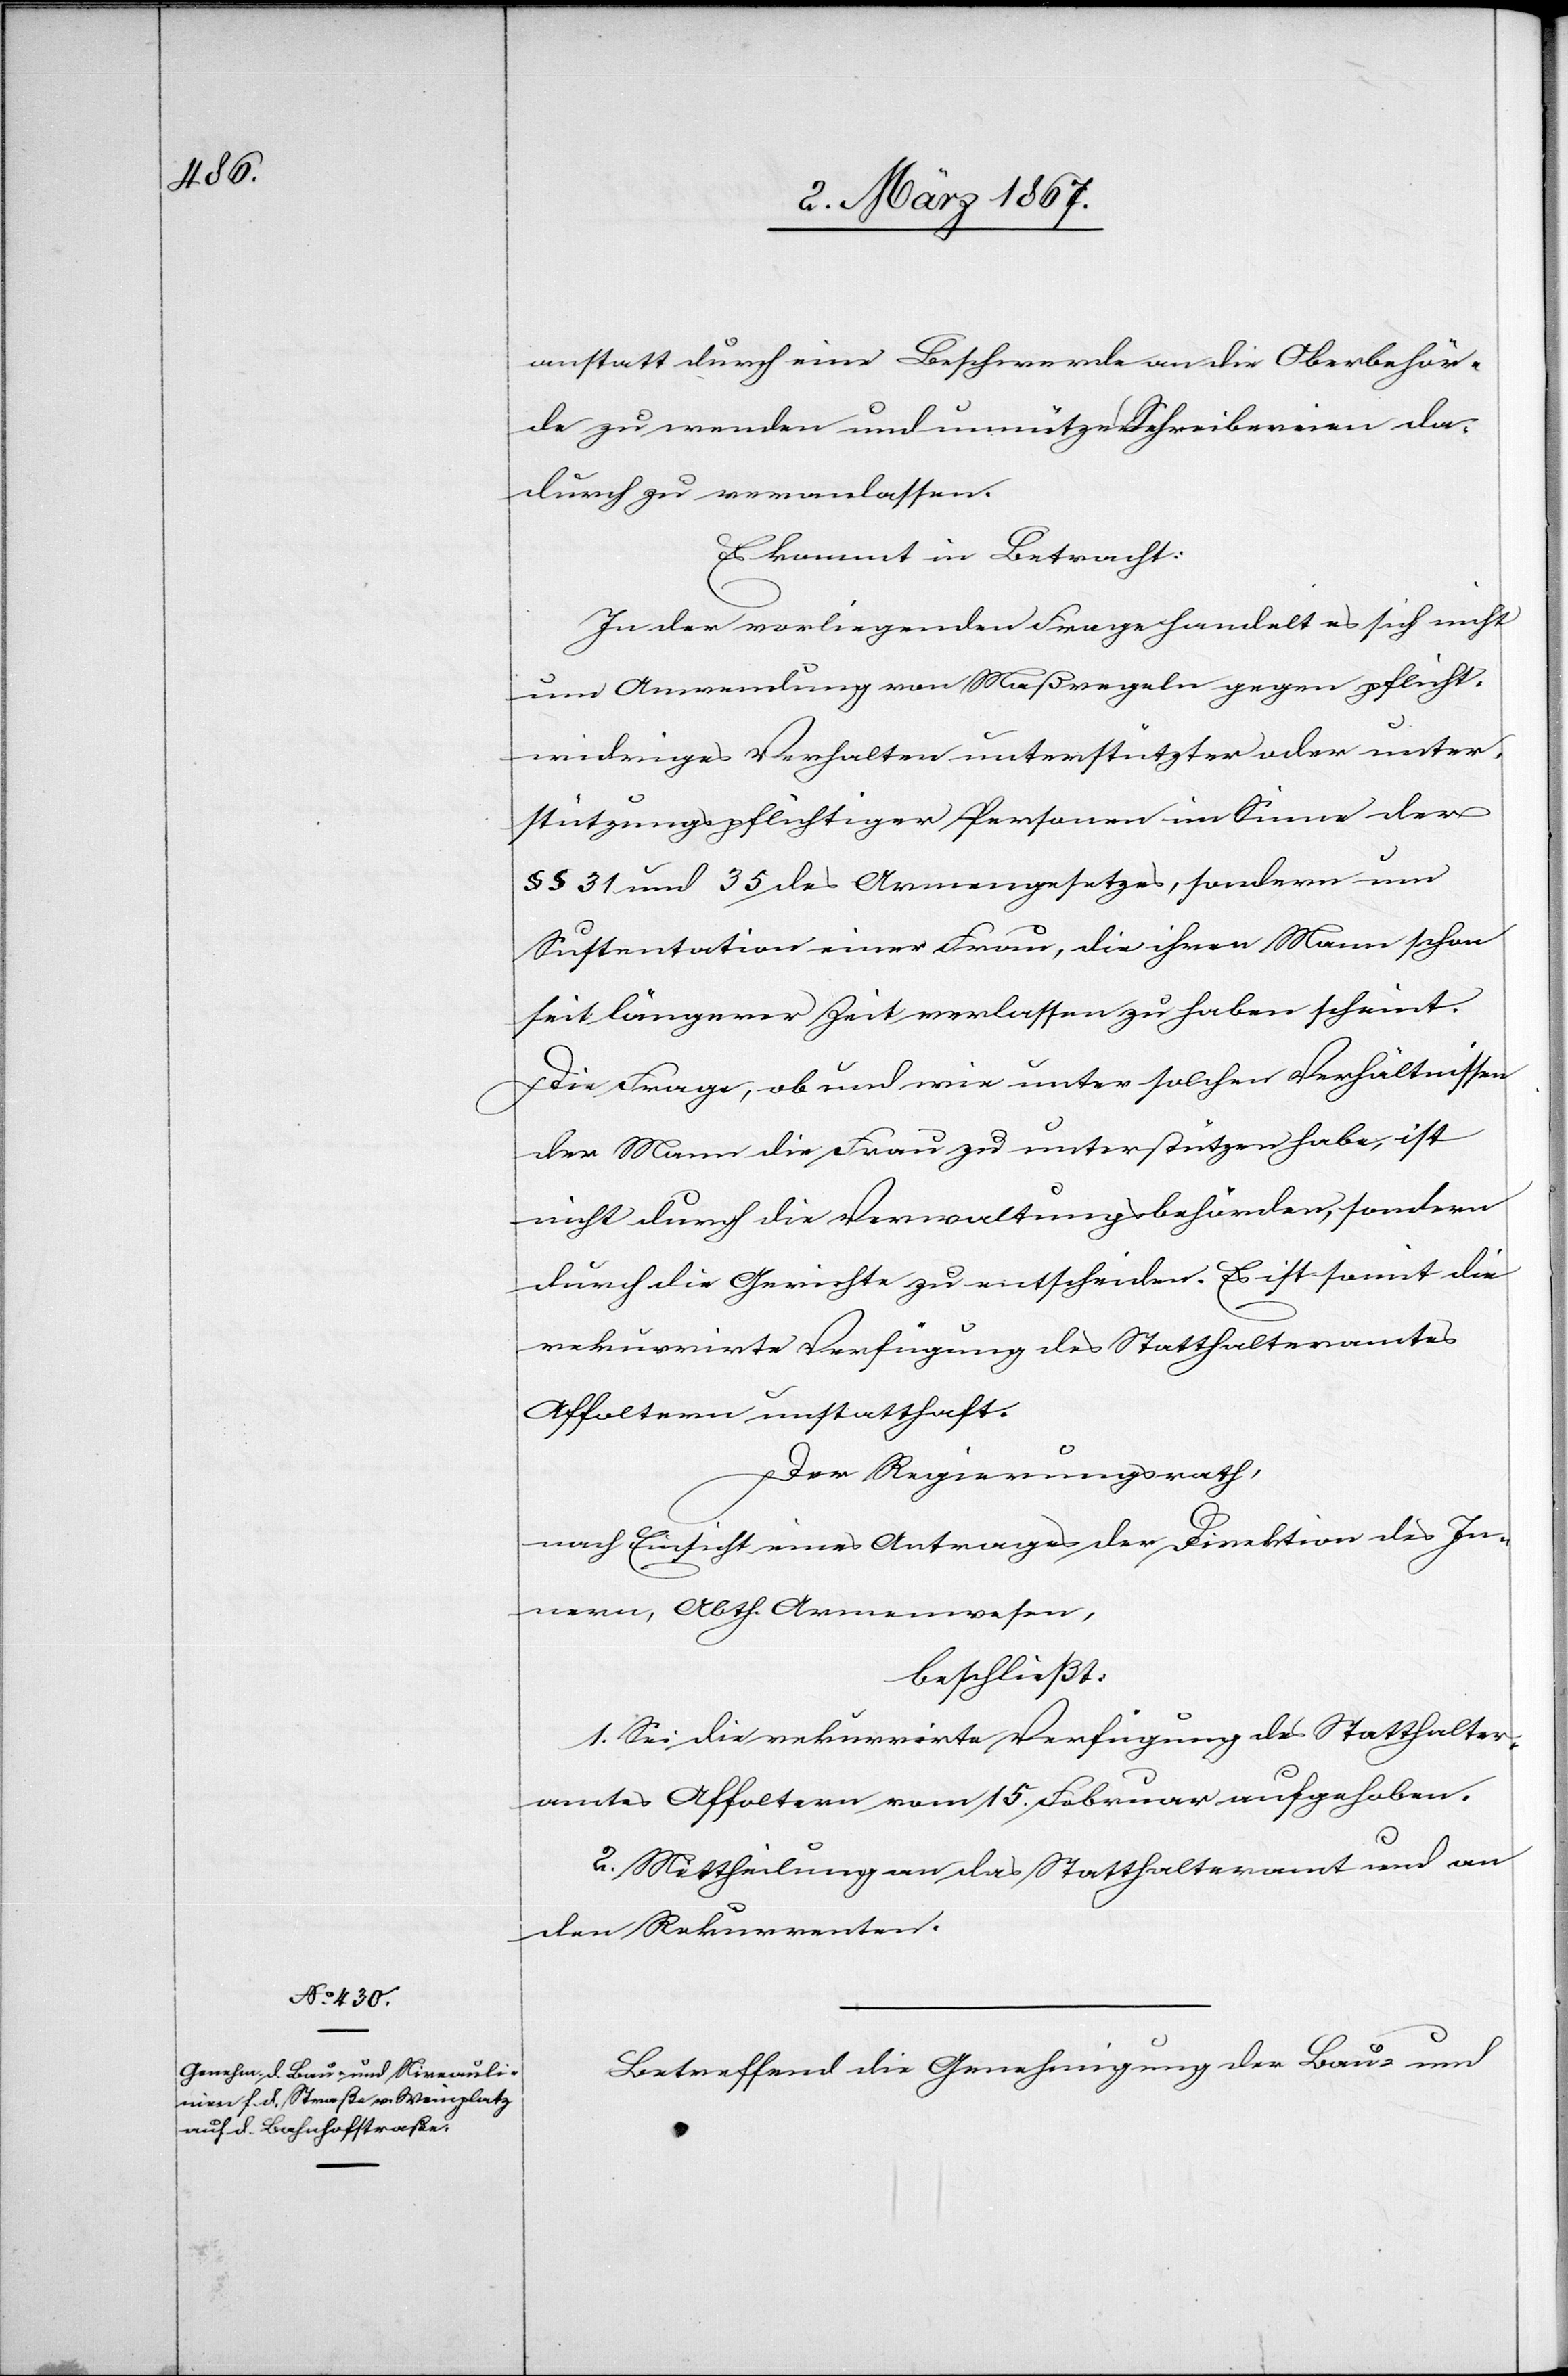
anstatt durch eine Beschwerde an die Oberbehör¬
de zu wenden und unnütze Schreibereien da¬
durch zu veranlassen.
Es kommt in Betracht:
In der vorliegenden Frage handelt es sich nicht
um Anwendung von Maßregeln gegen pflicht¬
widriges Verhalten unterstützter oder unter¬
stützungspflichtiger Personen im Sinne der
§§ 31 und 35 des Armengesetzes, sondern um
Sustentation einer Frau, die ihren Mann schon
seit längerer Zeit verlassen zu haben scheint.
Die Frage, ob und wie unter solchen Verhältnissen
der Mann die Frau zu unterstützen habe, ist
nicht durch die Verwaltungsbehörden, sondern
durch die Gericht zu entscheiden. Es ist somit die
rekurrirte Verfügung des Statthalteramtes
Affoltern unstatthaft.
Der Regierungsrath,
nach Einsicht eines Antrages der Direktion des In¬
nern, Abth. Armenwesen,
beschließt:
1. Sei die rekurrirte Verfügung des Statthalter¬
amtes Affoltern vom 15. Februar aufgehoben.
2. Mittheilung an das Statthalteramt und an
den Rekurrenten.
Betreffend die Genehmigung der Bau- und